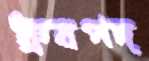
ধ্রুবপদ